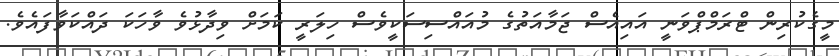
މީގެކުރިން ޓްރަމްޕްވަނީ އައިއެސް ޖަމާއަތުގެ މުއައްސިސަކީވެސް ހިލަރީ ކަމަށް ވިދާޅުވެ ވާހަކަ ދައްކަވާފައެވެ.